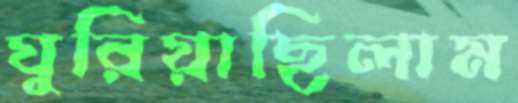
ঘুরিয়াছিলাম